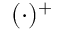
( \cdot ) ^ { + }